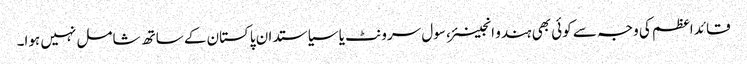
قائد اعظم کی وجہ سے کوئی بھی ہندو انجینئر، سول سرونٹ یا سیاستدان پاکستان کے ساتھ شامل نہیں ہوا۔